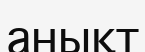
анықт